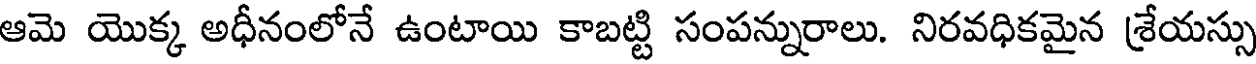
ఆమె యొక్క అధీనంలోనే ఉంటాయి కాబట్టి సంపన్నురాలు. నిరవధికమైన శ్రేయస్సు